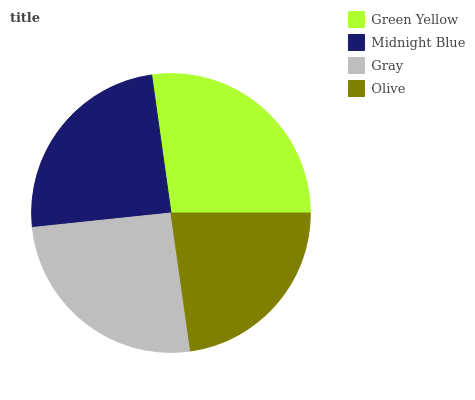
| Green Yellow | Midnight Blue | Gray | Olive |
 | --- | --- | --- | --- |
 | 27.2% | 24.5% | 25.6% | 22.7% |